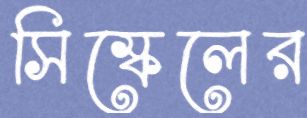
সিস্কেলের